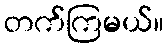
တက်ကြမယ်။